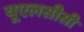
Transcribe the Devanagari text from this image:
यूएलसीसी